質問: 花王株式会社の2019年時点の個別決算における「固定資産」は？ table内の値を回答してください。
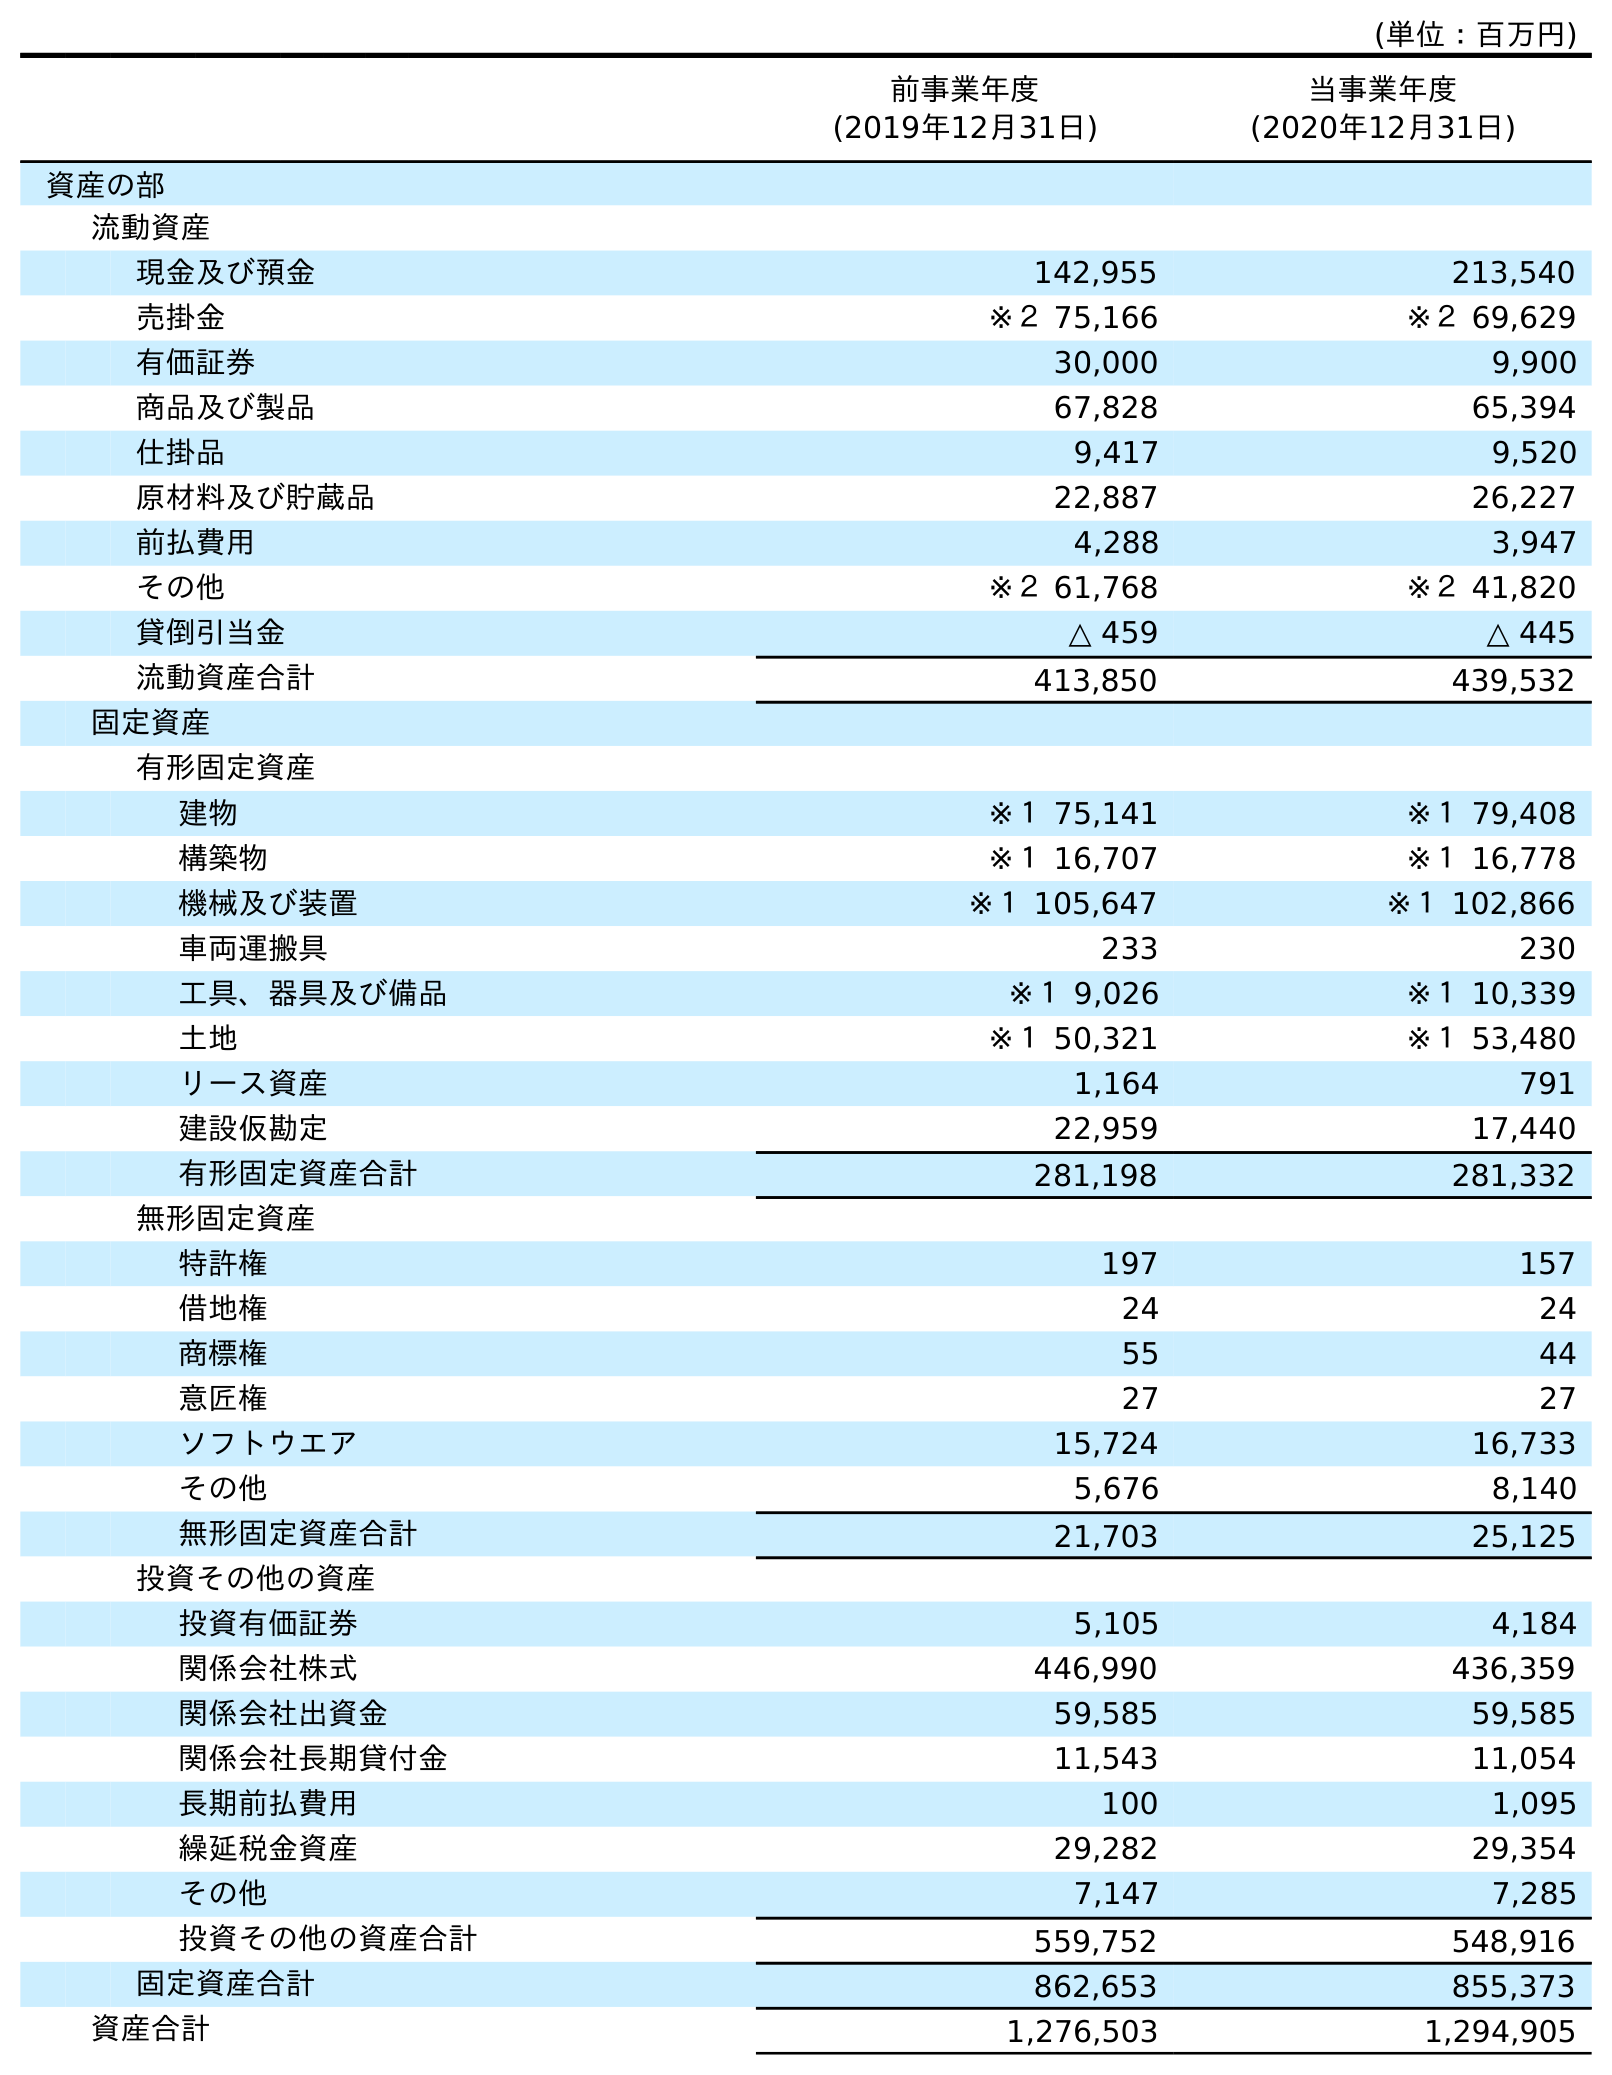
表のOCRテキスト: (単位：百万円) 前事業年度 (2019年12月31日) 当事業年度 (2020年12月31日) 資産の部 流動資産 現金及び預金 142,955 213,540 売掛金 ※２ 75,166 ※２ 69,629 有価証券 30,000 9,900 商品及び製品 67,828 65,394 仕掛品 9,417 9,520 原材料及び貯蔵品 22,887 26,227 前払費用 4,288 3,947 その他 ※２ 61,768 ※２ 41,820 貸倒引当金 △ 459 △ 445 流動資産合計 413,850 439,532 固定資産 有形固定資産 建物 ※１ 75,141 ※１ 79,408 構築物 ※１ 16,707 ※１ 16,778 機械及び装置 ※１ 105,647 ※１ 102,866 車両運搬具 233 230 工具、器具及び備品 ※１ 9,026 ※１ 10,339 土地 ※１ 50,321 ※１ 53,480 リース資産 1,164 791 建設仮勘定 22,959 17,440 有形固定資産合計 281,198 281,332 無形固定資産 特許権 197 157 借地権 24 24 商標権 55 44 意匠権 27 27 ソフトウエア 15,724 16,733 その他 5,676 8,140 無形固定資産合計 21,703 25,125 投資その他の資産 投資有価証券 5,105 4,184 関係会社株式 446,990 436,359 関係会社出資金 59,585 59,585 関係会社長期貸付金 11,543 11,054 長期前払費用 100 1,095 繰延税金資産 29,282 29,354 その他 7,147 7,285 投資その他の資産合計 559,752 548,916 固定資産合計 862,653 855,373 資産合計 1,276,503 1,294,905
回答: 862,653